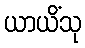
ယာယိံသု